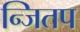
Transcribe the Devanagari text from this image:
न्जितप